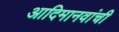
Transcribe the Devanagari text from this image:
आदिमानवांची